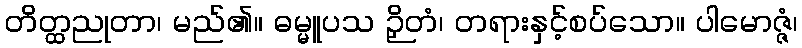
တိတ္ထညုတာ၊ မည်၏။ ဓမ္မူပသ ဉှိတံ၊ တရားနှင့်စပ်သော။ ပါမောဇ္ဇံ၊